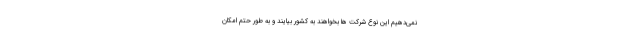
نمی‌دهیم این نوع شرکت ها بخواهند به کشور بیایند و به طور حتم امکان